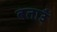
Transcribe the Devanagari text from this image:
बताउँ